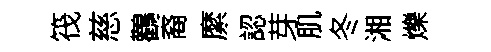
筏慈鸛裔縻認芽肌冬湘爍